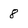
Character: 8